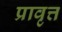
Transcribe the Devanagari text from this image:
प्रावृत्त